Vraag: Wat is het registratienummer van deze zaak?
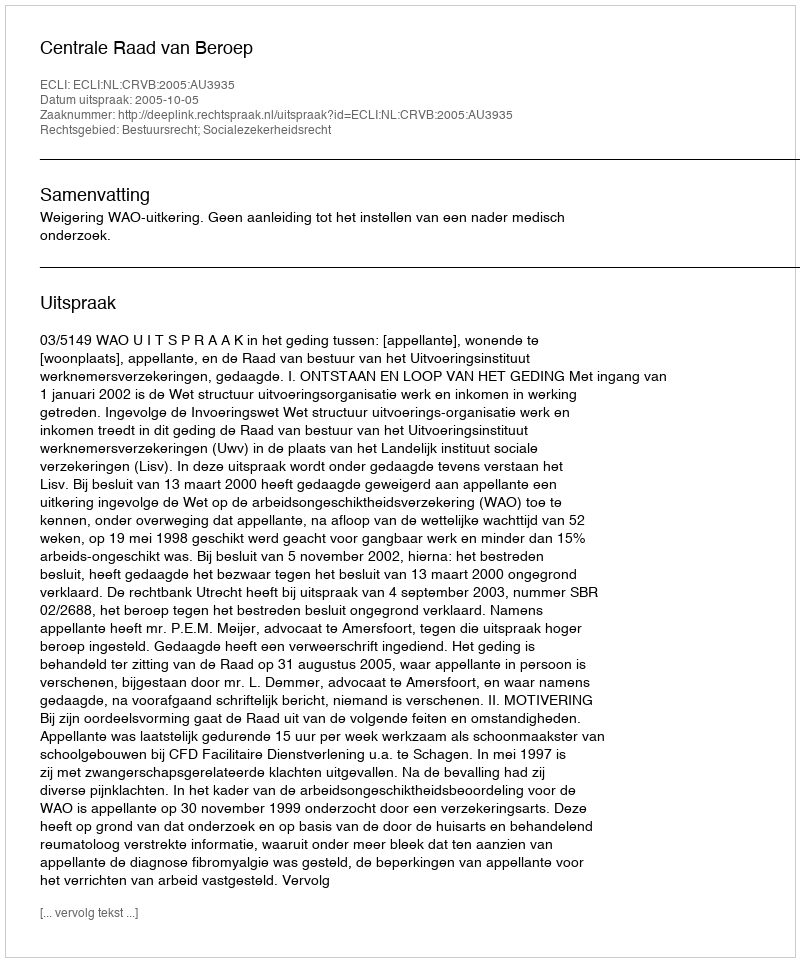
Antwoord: http://deeplink.rechtspraak.nl/uitspraak?id=ECLI:NL:CRVB:2005:AU3935